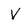
Character: V